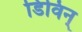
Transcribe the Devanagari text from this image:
डिविन्